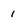
Character: 1